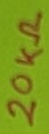
Text: 20KΩ